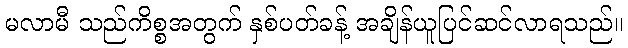
မလာမီ သည်ကိစ္စအတွက် နှစ်ပတ်ခန့် အချိန်ယူပြင်ဆင်လာရသည်။